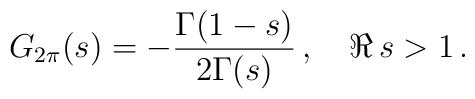
G_{2\pi}(s)=-\frac{\Gamma(1-s)}{2\Gamma(s)}\,,  \quad \Re\, s>1\,.